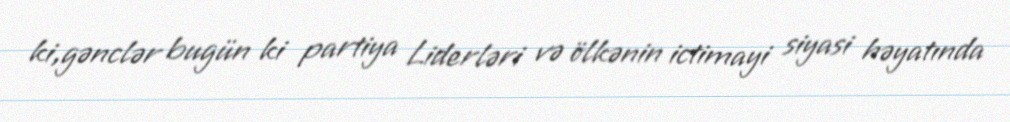
ki,gənclər bugün ki partiya Liderləri və ölkənin ictimayi siyasi həyatında